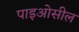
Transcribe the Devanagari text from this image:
पाइओसील